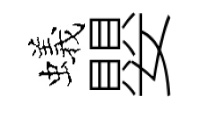
蟻嬰